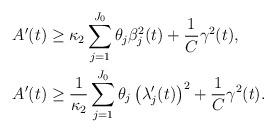
LaTeX: \begin{align*} A'(t)&\geq \kappa_2\sum_{j=1}^{J_0}\theta_j\beta_j^2(t)+\frac{1}{C}\gamma^2(t),\\ A'(t)&\geq \frac{1}{\kappa_2}\sum_{j=1}^{J_0}\theta_j\left(\lambda_j'(t)\right)^2+\frac{1}{C}\gamma^2(t). \end{align*}